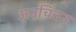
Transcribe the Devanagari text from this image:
अनुचिंतन